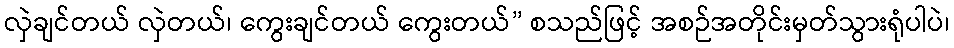
လှဲချင်တယ် လှဲတယ်၊ ကွေးချင်တယ် ကွေးတယ်” စသည်ဖြင့် အစဉ်အတိုင်းမှတ်သွားရုံပါပဲ၊